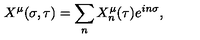
X ^ { \mu } ( \sigma , \tau ) = \sum _ { n } X _ { n } ^ { \mu } ( \tau ) e ^ { i n \sigma } ,